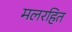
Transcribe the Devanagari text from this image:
मलरहित